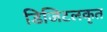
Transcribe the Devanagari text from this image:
डिजिटलकृत